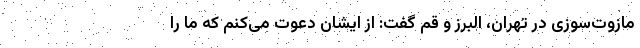
مازوت‌سوزی در تهران، البرز و قم گفت: از ایشان دعوت می‌کنم که ما را